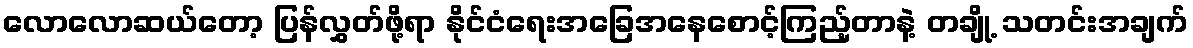
လောလောဆယ်တော့ ပြန်လွှတ်ဖို့ရာ နိုင်ငံရေးအခြေအနေစောင့်ကြည့်တာနဲ့ တချို့ သတင်းအချက်